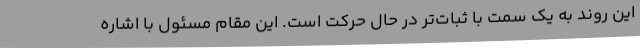
این روند به یک سمت با ثبات‌تر در حال حرکت است. این مقام مسئول با اشاره